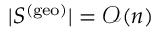
| S ^ { \mathrm { ( g e o ) } } | = \mathcal { O } ( n )